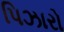
પિઝારો